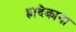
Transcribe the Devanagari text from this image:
ह्रादेकाना